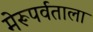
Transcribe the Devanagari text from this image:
मेरूपर्वताला